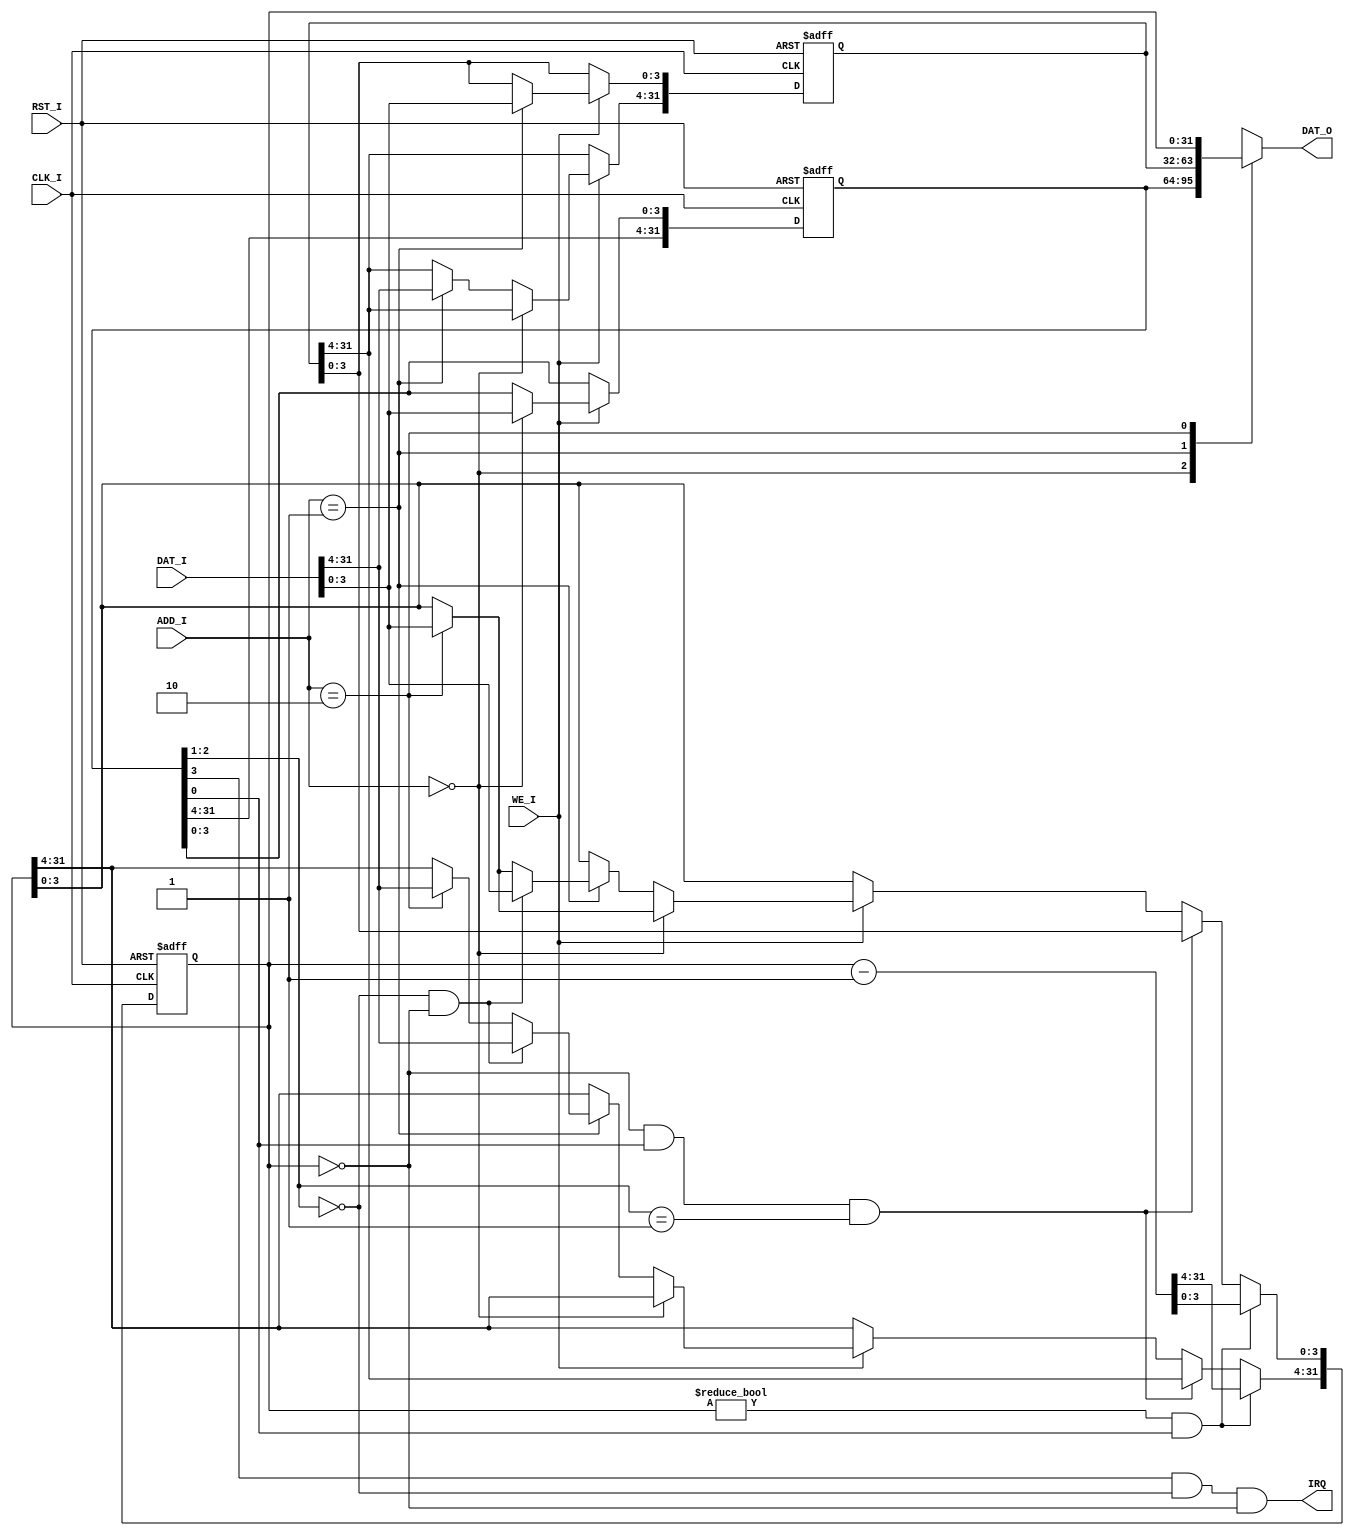
`timescale 1ns / 1ps
//////////////////////////////////////////////////////////////////////////////////
// Company: 
// Engineer: 
// 
// Design Name: 
// Module Name:    timer 
// Project Name: 
// Target Devices: 
// Tool versions: 
// Description: 
//
// Dependencies: 
//
// Revision: 
// Revision 0.01 - File Created
// Additional Comments: 
//
//////////////////////////////////////////////////////////////////////////////////
`define CTRL regs[0]
`define PRESET regs[1]
`define COUNT regs[2]
`define mode0 regs[0][2:1]==2'b00
`define mode1 regs[0][2:1]==2'b01

module timer(
	CLK_I,RST_I,ADD_I,WE_I,DAT_I,
	DAT_O,IRQ
   );
	input CLK_I,RST_I,WE_I;
	input[3:2]ADD_I;
	input[31:0]DAT_I;
	output IRQ;
	output[31:0]DAT_O;
	
	reg[31:0]regs[2:0];
	integer i;
	
	initial begin 
		for(i=0;i<3;i=i+1) regs[i] <= 0;
	end

	assign DAT_O = regs[ADD_I];
	assign IRQ = (`CTRL[3]==1'b1)&&(`mode0)&&(`COUNT==0);
	
	always @(posedge CLK_I or posedge RST_I)begin 
		if(RST_I)
			for(i=0;i<3;i=i+1) regs[i] <= 0;
		else begin
			if(WE_I) begin
				if(ADD_I==2'b00) regs[ADD_I][3:0] <= DAT_I[3:0];
				else if(ADD_I==2'b01) begin
					regs[ADD_I] <= DAT_I;
					if(`mode0&&`COUNT==0) `COUNT <= DAT_I;
				end
			end
			if((`COUNT!=0)&&`CTRL[0]) `COUNT <= `COUNT - 1;
			else if((`COUNT==0)&&`CTRL[0]&&`mode1) `COUNT <= `PRESET;
		end
	end

endmodule